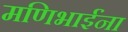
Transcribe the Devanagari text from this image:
मणिभाईंना